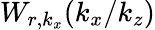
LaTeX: W_{r,k_{x}}(k_{x}/k_{z})